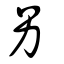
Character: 另